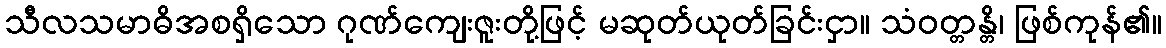
သီလသမာဓိအစရှိသော ဂုဏ်ကျေးဇူးတို့ဖြင့် မဆုတ်ယုတ်ခြင်းငှာ။ သံဝတ္တန္တိ၊ ဖြစ်ကုန်၏။